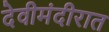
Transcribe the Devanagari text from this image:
देवीमंदीरात